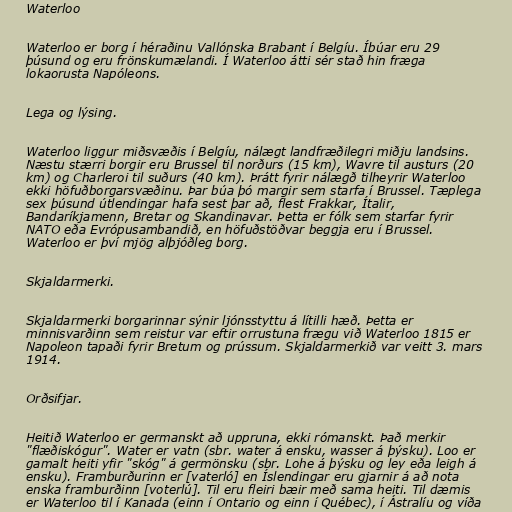
Waterloo

Waterloo er borg í héraðinu Vallónska Brabant í Belgíu. Íbúar eru 29
þúsund og eru frönskumælandi. Í Waterloo átti sér stað hin fræga
lokaorusta Napóleons.

Lega og lýsing.

Waterloo liggur miðsvæðis í Belgíu, nálægt landfræðilegri miðju landsins.
Næstu stærri borgir eru Brussel til norðurs (15 km), Wavre til austurs (20
km) og Charleroi til suðurs (40 km). Þrátt fyrir nálægð tilheyrir Waterloo
ekki höfuðborgarsvæðinu. Þar búa þó margir sem starfa í Brussel. Tæplega
sex þúsund útlendingar hafa sest þar að, flest Frakkar, Ítalir,
Bandaríkjamenn, Bretar og Skandinavar. Þetta er fólk sem starfar fyrir
NATO eða Evrópusambandið, en höfuðstöðvar beggja eru í Brussel.
Waterloo er því mjög alþjóðleg borg.

Skjaldarmerki.

Skjaldarmerki borgarinnar sýnir ljónsstyttu á lítilli hæð. Þetta er
minnisvarðinn sem reistur var eftir orrustuna frægu við Waterloo 1815 er
Napoleon tapaði fyrir Bretum og prússum. Skjaldarmerkið var veitt 3. mars
1914.

Orðsifjar.

Heitið Waterloo er germanskt að uppruna, ekki rómanskt. Það merkir
"flæðiskógur". Water er vatn (sbr. water á ensku, wasser á þýsku). Loo er
gamalt heiti yfir "skóg" á germönsku (sbr. Lohe á þýsku og ley eða leigh á
ensku). Framburðurinn er [vaterló] en Íslendingar eru gjarnir á að nota
enska framburðinn [voterlú]. Til eru fleiri bæir með sama heiti. Til dæmis
er Waterloo til í Kanada (einn í Ontario og einn í Québec), í Ástralíu og víða